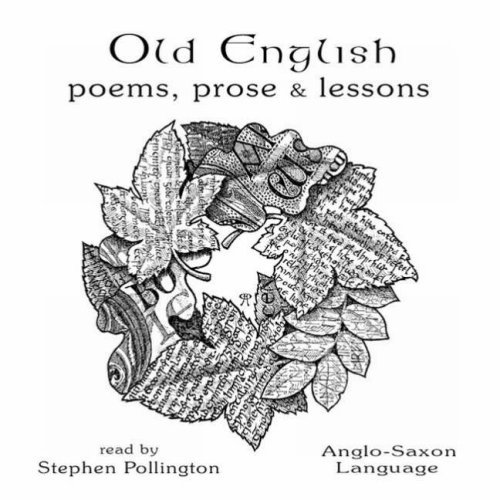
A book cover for Old English, Poems Prose and Lessons; Stephen Pollington; Literature & Fiction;